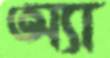
অ্যা